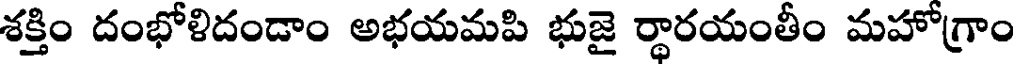
శక్తిం దంభోళిదండాం అభయమపి భుజై ర్థారయంతీం మహోగ్రాం